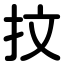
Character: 抆